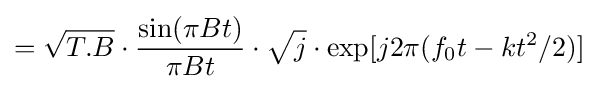
={\sqrt {T.B}}\cdot {\frac {\sin(\pi Bt)}{\pi Bt}}\cdot {\sqrt {j}}\cdot \exp[j2\pi (f_{0}t-kt^{2}/2)]